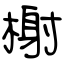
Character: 榭